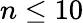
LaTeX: n\leq 10